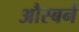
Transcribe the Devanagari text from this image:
औस्बर्न